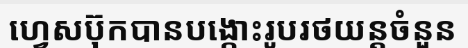
ហ្វេសប៊ុកបានបង្កោះរូបរថយន្តចំនួន